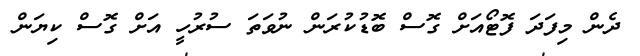
ދެން މިފަދަ ފޮޓޯއަށް ގޮސް ބޮޑުކުރަން ނުވަތަ ސުރުހީ އަށް ގޮސް ކިޔަން